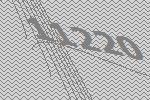
11220